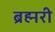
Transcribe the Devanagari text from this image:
ब्रह्मरी